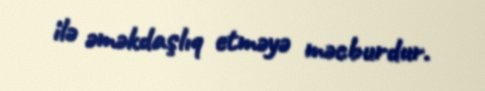
ilə əməkdaşlıq etməyə məcburdur.